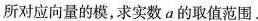
所对应向量的模，求实数a的取值范围.